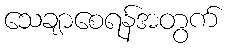
သေချာစေရန်အတွက်